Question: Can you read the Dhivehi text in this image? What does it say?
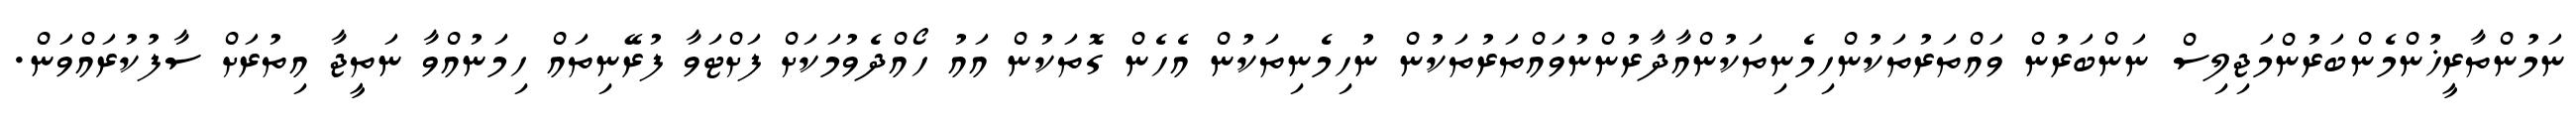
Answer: ނަމުންތާރީޚުންމެންބަރުންމަޖިލިސް ނަންބަރުން ވައްތަރުތަކުންހިމެނިތަކުންއާދާރުންނުވައްތަރުތަކުން ނުހިމެނިތަކުން އެހެން ގޮތަކުން އައު ހޯއްދެވުމަކަށް ފަށްޓަވާ ފުރޭނިތައް ހިމަނުއްވާ ނަތީޖާ އިތުރަށް ސާފުކުރައްވަން.